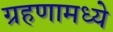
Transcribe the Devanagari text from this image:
ग्रहणामध्ये